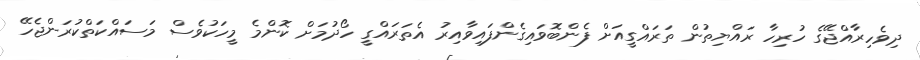
ދިވެހިރާއްޖޭގެ ހުރިހާ ރައްޔިތުން ތަރައްގީއަށް ފެންބޮވައިގެންފައިވާއިރު އެތަރައްގީ ހޯދުމަށް ކޮންމެ މީހަކުވެސް މަސައްކަތްކުރަންޖެހޭ